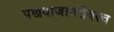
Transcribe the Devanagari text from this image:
पखवाजाबरोबरच